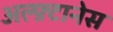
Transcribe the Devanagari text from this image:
अल्फ़्टानेस